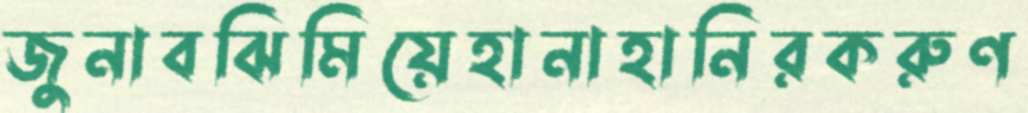
জুনাবঝিমিয়েহানাহানিরকরুণ